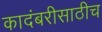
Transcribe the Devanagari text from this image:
कादंबरीसाठीच